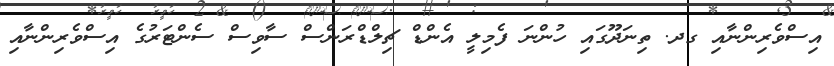
އިސްވެރިންނާއި ގދ. ތިނަދޫގައި ހުންނަ ފެމިލީ އެންޑް ޗިލްޑްރަންސް ސާވިސް ސެންޓަރުގެ އިސްވެރިންނާއި